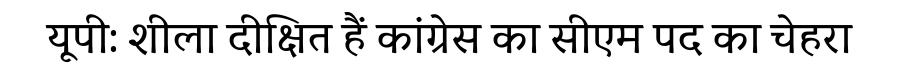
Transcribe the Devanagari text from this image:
यूपी: शीला दीक्षित हैं कांग्रेस का सीएम पद का चेहरा